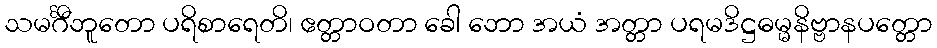
သမင်္ဂီဘူတော ပရိစာရေတိ၊ ဧတ္တာဝတာ ခေါ ဘော အယံ အတ္တာ ပရမဒိဋ္ဌဓမ္မနိဗ္ဗာနပတ္တော